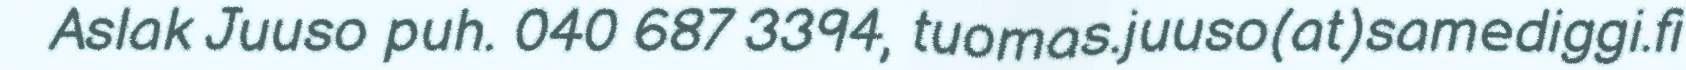
Aslak Juuso puh. 040 687 3394, tuomas.juuso(at)samediggi.fi